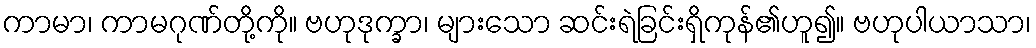
ကာမာ၊ ကာမဂုဏ်တို့ကို။ ဗဟုဒုက္ခာ၊ များသော ဆင်းရဲခြင်းရှိကုန်၏ဟူ၍။ ဗဟုပါယာသာ၊